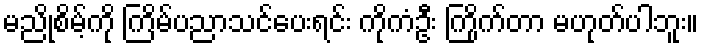
မညိုစိမ့်ကို ကြိမ်ပညာသင်ပေးရင်း ကိုကံဦး ကြိုက်တာ မဟုတ်ပါဘူး။